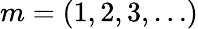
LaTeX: m=(1,2,3,\dots)